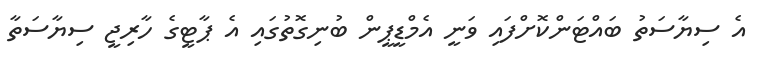
އެ ސިޔާސަތު ބައްޓަންކޮށްފައި ވަނީ އެމްޑީޕީން ބުނިގޮތުގައި އެ ޕާޓީގެ ހާރިޖީ ސިޔާސަތާ